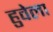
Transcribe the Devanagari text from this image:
हुवेला